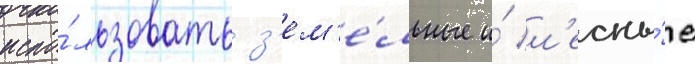
испо́льзовать з'ем'е́льные и́ л'есны́е